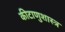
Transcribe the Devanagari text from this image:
कीटाणुशास्त्र